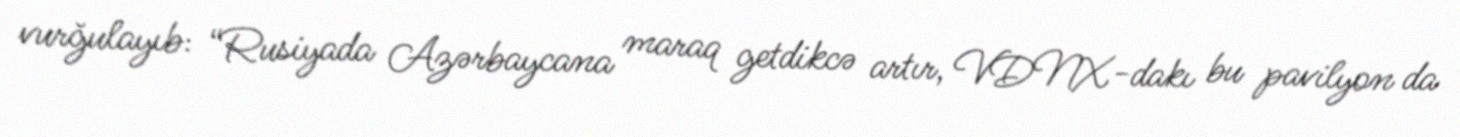
vurğulayıb: “Rusiyada Azərbaycana maraq getdikcə artır, VDNX-dakı bu pavilyon da